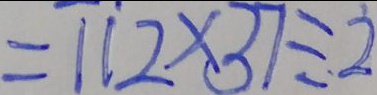
= 1 1 2 \times 3 7 \div 2